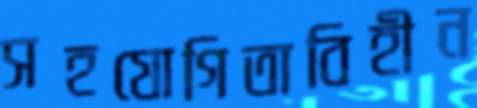
সহযোগিতাবিহীন